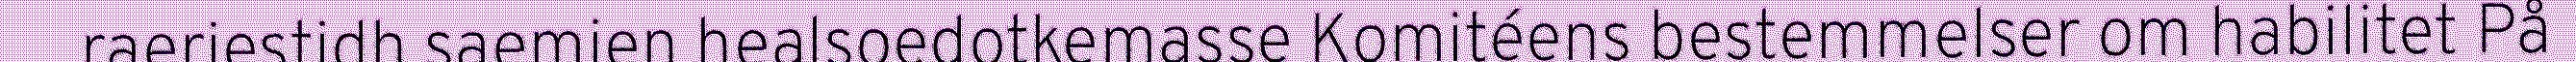
raeriestidh saemien healsoedotkemasse Komitéens bestemmelser om habilitet På